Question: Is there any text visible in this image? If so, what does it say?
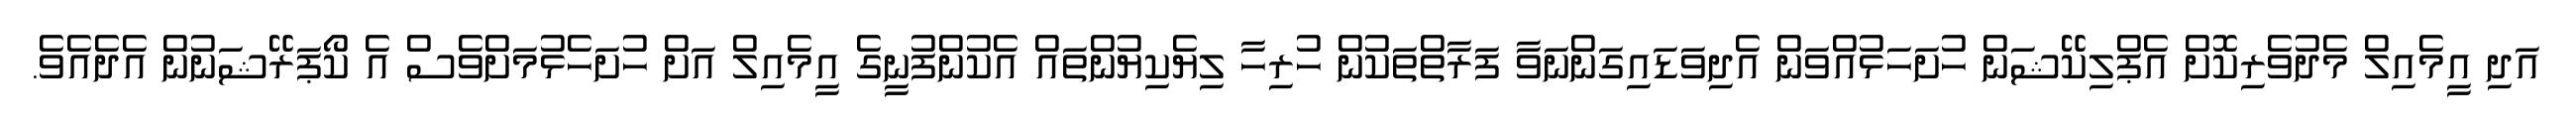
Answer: އަދި އީމެއިލް މެދުވެރިކޮށް އެޕްލިކޭޝަން ހުށަހަޅުއްވަން އެދިވަޑައިގަންނަވާ ފަރާތްތަކުން ހުރިހާ ލިޔެކިޔުންތައް އެކުންފުނީގެ އީމެއިލް އަށް ހުށަހެޅުމަށްވެސް އެ ކޯޕަރޭޝަނުން އެދެއެވެ.